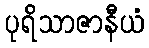
ပုရိသာဇာနီယံ